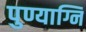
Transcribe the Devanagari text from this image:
पुण्याग्नि